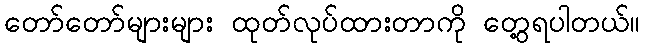
တော်တော်များများ ထုတ်လုပ်ထားတာကို တွေ့ရပါတယ်။